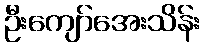
ဦးကျော်အေးသိန်း